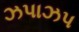
ઝપાઝપ